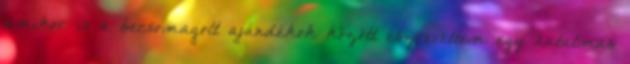
amikor is a becsomagolt ajándékok között észrevettem egy hatalmas